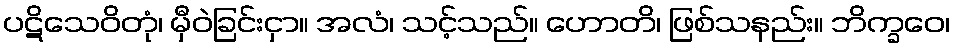
ပဋိသေဝိတုံ၊ မှီဝဲခြင်းငှာ။ အလံ၊ သင့်သည်။ ဟောတိ၊ ဖြစ်သနည်း။ ဘိက္ခဝေ၊